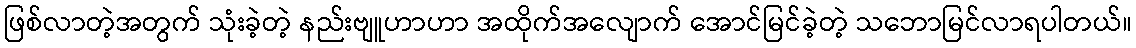
ဖြစ်လာတဲ့အတွက် သုံးခဲ့တဲ့ နည်းဗျူဟာဟာ အထိုက်အလျောက် အောင်မြင်ခဲ့တဲ့ သဘောမြင်လာရပါတယ်။